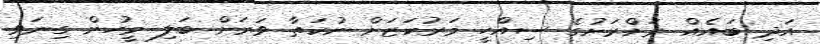
އަދި ބައެއް ރަށްރަށުގެ ސިއްހީ މަރުކަޒަށް ނުކަތާ ވަރަށް ބަލި މީހުން ގިނަވި